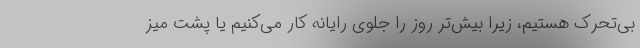
بی‌تحرک هستیم، زیرا بیش‌تر روز را جلوی رایانه کار می‌کنیم یا پشت میز